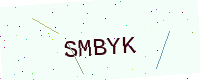
Text: SMBYK